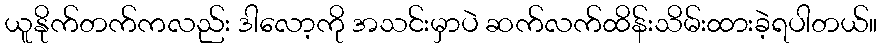
ယူနိုက်တက်ကလည်း ဒါလော့ကို အသင်းမှာပဲ ဆက်လက်ထိန်းသိမ်းထားခဲ့ရပါတယ်။